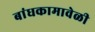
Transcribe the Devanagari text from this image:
बांधकामावेळी